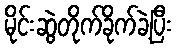
မိုင်းဆွဲတိုက်ခိုက်ခဲ့ပြီး